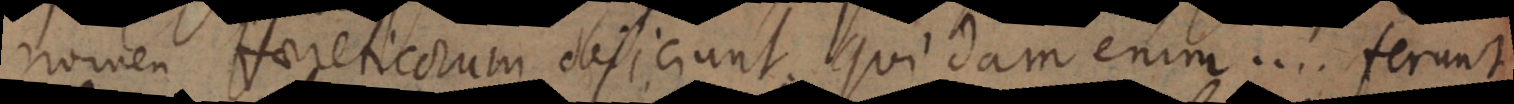
nomen Haereticorum dejiciunt. Quidam enim..... ferunt